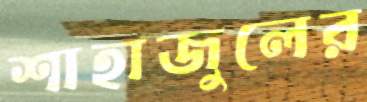
শাহাজুলের